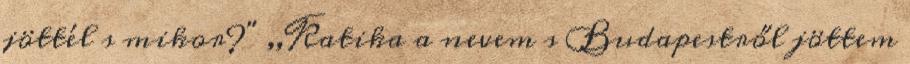
jöttél s mikor?" ,,Katika a nevem s Budapestről jöttem